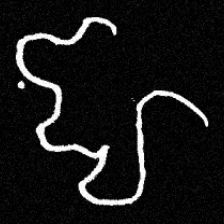
Pyu character \u2014 Myanmar letter: ဈ (romanized: jha)